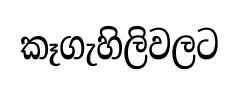
කෑගැහිලිවලට